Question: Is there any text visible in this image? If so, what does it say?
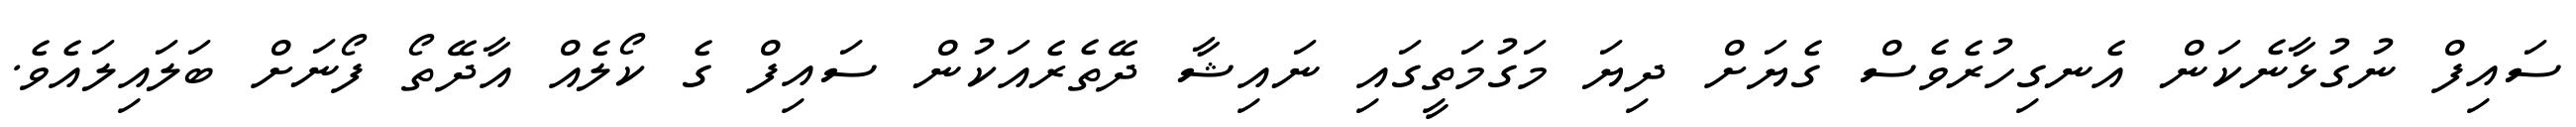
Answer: ސައިފް ނުގުޅާނެކަން އެނގިހުރެވެސް ގެޔަށް ދިޔަ މަގުމަތީގައި ނައިޝާ ދޭތެރެއަކުން ސައިފް ގެ ކޯލެއް އާދޭތޯ ފޯނަށް ބަލައިލައެވެ.